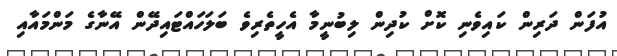
އުފަން ދަރިން ކައިވެނި ކޮށް ކުދިން ލިބުނީމާ އެހީތެރިވެ ބަލަހައްޓައިދޭން އޭނާގެ މަންމައާއި